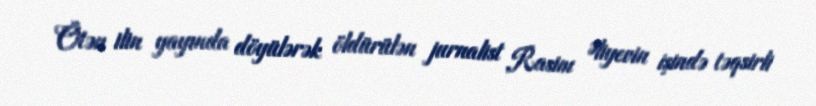
Ötən ilin yayında döyülərək öldürülən jurnalist Rasim Əliyevin işində təqsirli